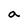
Character: a